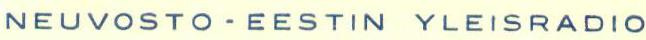
NEUVOSTO-EESTIN YLEISRADIO